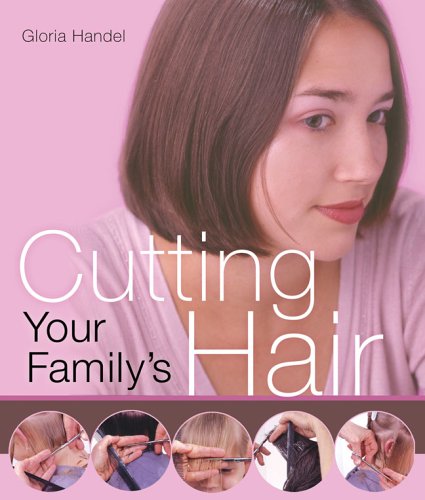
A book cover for Cutting Your Family's Hair; Gloria Handel; Health, Fitness & Dieting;